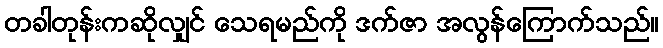
တခါတုန်းကဆိုလျှင် သေရမည်ကို ဒက်ဇာ အလွန်ကြောက်သည်။